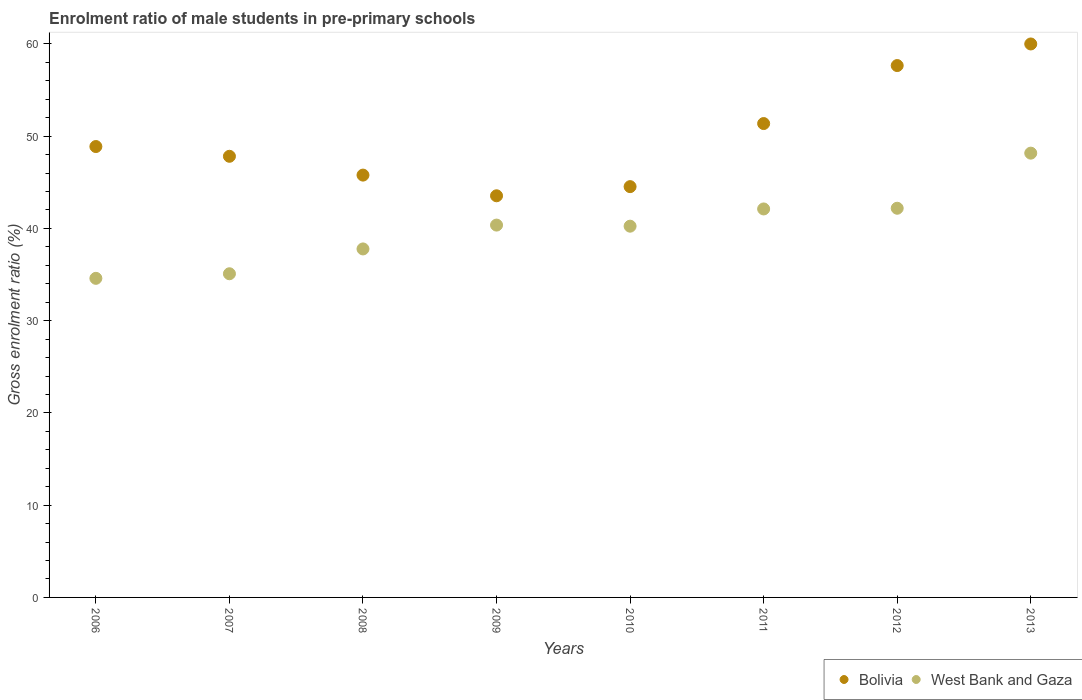
| Years | Bolivia | West Bank and Gaza |
 | --- | --- | --- |
 | 2006 | 48.9 | 34.6 |
 | 2007 | 47.8 | 35.1 |
 | 2008 | 45.8 | 37.8 |
 | 2009 | 43.5 | 40.4 |
 | 2010 | 44.5 | 40.2 |
 | 2011 | 51.4 | 42.1 |
 | 2012 | 57.7 | 42.2 |
 | 2013 | 60 | 48.2 |